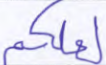
لعلكم